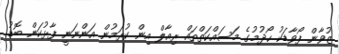
ޒުވާން ފޯވާޑަކު ހޯދުމުގެ މަސައްކަތްތައް ރިއާލް އިން ކުރަމުން އަންނަނީ ފާޅުކަން ބޮޑު